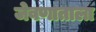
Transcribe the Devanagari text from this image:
जेवणाताला